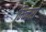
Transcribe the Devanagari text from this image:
म्न्दिरों